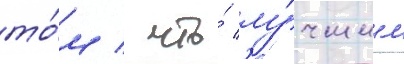
то́м / что́ лу́чшим